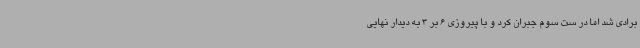
برادی شد اما در ست سوم جبران کرد و با پیروزی 6 بر 3 به دیدار نهایی